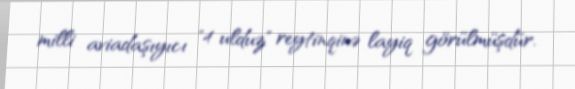
milli aviadaşıyıcı "4 ulduz" reytinqinə layiq görülmüşdür.